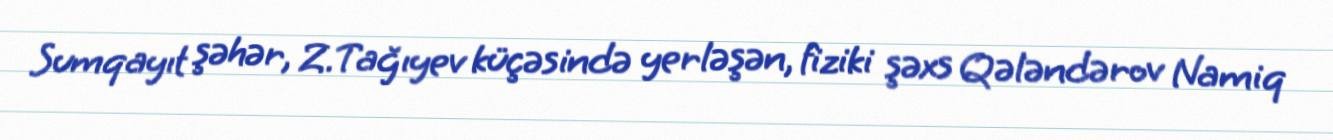
Sumqayıt şəhər, Z.Tağıyev küçəsində yerləşən, fiziki şəxs Qələndərov Namiq